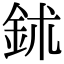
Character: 鉥